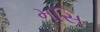
મસિ